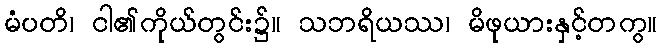
မံပတိ၊ ငါ၏ကိုယ်တွင်း၌။ သဘရိယဿ၊ မိဖုယားနှင့်တကွ။